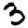
Digit: 3